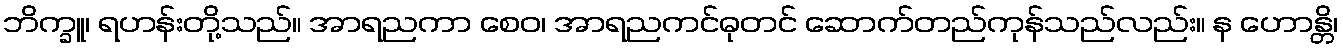
ဘိက္ခူ၊ ရဟန်းတို့သည်။ အာရညကာ စေဝ၊ အာရညကင်ဓုတင် ဆောက်တည်ကုန်သည်လည်း။ န ဟောန္တိ၊